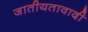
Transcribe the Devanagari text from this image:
जातीयतावादी